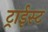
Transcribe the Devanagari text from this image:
ट्राईस्ट